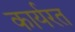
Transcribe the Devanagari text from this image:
कार्यरत